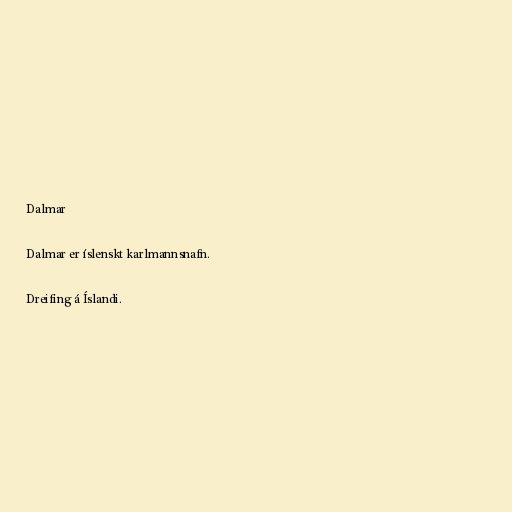
Dalmar

Dalmar er íslenskt karlmannsnafn.

Dreifing á Íslandi.